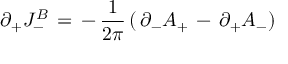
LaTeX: \partial _ { + } J _ { - } ^ { B } \, = \, - \, { \frac { 1 } { 2 \pi } } \, ( \, \partial _ { - } A _ { + } \, - \, \partial _ { + } A _ { - } )